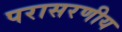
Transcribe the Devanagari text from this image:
परासरणीय